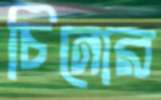
চিনোর